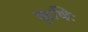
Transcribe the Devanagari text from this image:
कृषिः